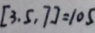
[ 3 , 5 , 7 ] = 1 0 5